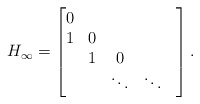
\begin{align*} H_\infty = \begin{bmatrix} 0 & & & \\ 1 &0 & & \\ &1 &0 & & \\ & &\ddots & \ddots & \end{bmatrix}.\end{align*}